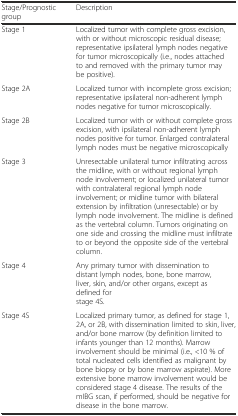
<table><thead><tr><td><b>Stage/Prognostic group</b></td><td><b>Description</b></td></tr></thead><tbody><tr><td>Stage 1</td><td>Localized tumor with complete gross excision, with or without microscopic residual disease; representative ipsilateral lymph nodes negative for tumor microscopically (i.e., nodes attached to and removed with the primary tumor may be positive).</td></tr><tr><td>Stage 2A</td><td>Localized tumor with incomplete gross excision; representative ipsilateral non-adherent lymph nodes negative for tumor microscopically.</td></tr><tr><td>Stage 2B</td><td>Localized tumor with or without complete gross excision, with ipsilateral non-adherent lymph nodes positive for tumor. Enlarged contralateral lymph nodes must be negative microscopically</td></tr><tr><td>Stage 3</td><td>Unresectable unilateral tumor infiltrating across the midline, with or without regional lymph node involvement; or localized unilateral tumor with contralateral regional lymph node involvement; or midline tumor with bilateral extension by infiltration (unresectable) or by lymph node involvement. The midline is defined as the vertebral column. Tumors originating on one side and crossing the midline must infiltrate to or beyond the opposite side of the vertebral column.</td></tr><tr><td>Stage 4</td><td>Any primary tumor with dissemination to distant lymph nodes, bone, bone marrow, liver, skin, and/or other organs, except as defined for stage 4S.</td></tr><tr><td>Stage 4S</td><td>Localized primary tumor, as defined for stage 1, 2A, or 2B, with dissemination limited to skin, liver, and/or bone marrow (by definition limited to infants younger than 12 months). Marrow involvement should be minimal (i.e., &lt;10 % of total nucleated cells identified as malignant by bone biopsy or by bone marrow aspirate). More extensive bone marrow involvement would be considered stage 4 disease. The results of the mIBG scan, if performed, should be negative for disease in the bone marrow.</td></tr></tbody></table>